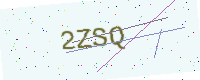
Text: 2ZSQ